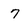
Character: 7